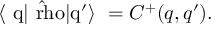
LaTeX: \mathrm { ~ \langle ~ { q } | { \hat { \ r h o } } | { q ^ { \prime } } \rangle ~ } = C ^ { + } ( q , q ^ { \prime } ) .